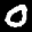
Label: 0